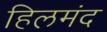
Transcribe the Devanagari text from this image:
हिलमंद